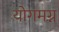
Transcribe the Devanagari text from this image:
योगमग्न